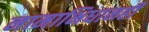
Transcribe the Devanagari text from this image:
नामाभिधानही